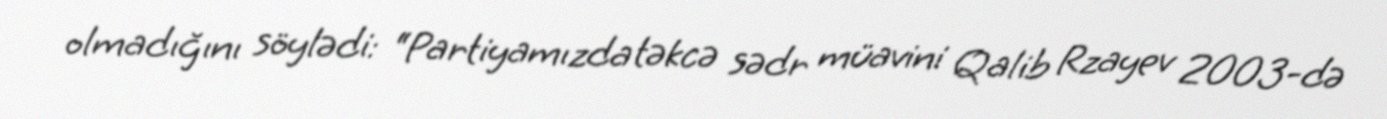
olmadığını söylədi: “Partiyamızda təkcə sədr müavini Qalib Rzayev 2003-də